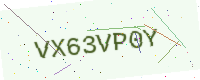
Text: VX63VP0Y